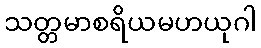
သတ္တမာစရိယမဟယုဂါ